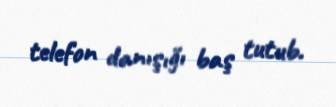
telefon danışığı baş tutub.